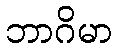
ဘာဂိမာ